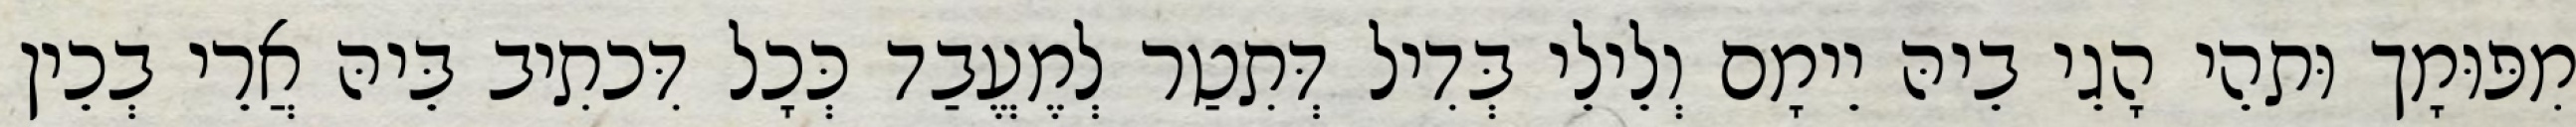
מִפּוּמָך וּתהֵי הָגֵי בֵיהּ יֵימָם וְלֵילֵי בְּדִיל דְּתִטַר לְמֶעֱבַד כְּכָל דִּכתִיב בֵּיהּ אֲרֵי בְכֵין